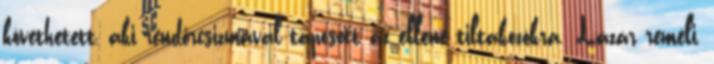
követhetett, aki rendőrcsizmával taposott az ellene tiltakozókra. Lázár reméli,